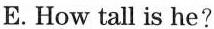
E.How tall is he?